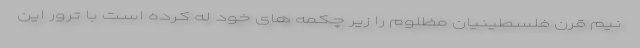
نیم قرن فلسطینیان مظلوم را زیر چکمه های خود له کرده است با ترور این